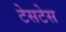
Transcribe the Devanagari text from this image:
टेसटेस